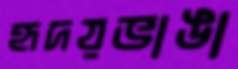
হৃদয়ভাঙা